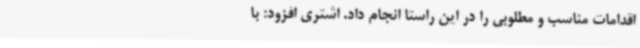
اقدامات مناسب و مطلوبی را در این راستا انجام داد. اشتری افزود: با